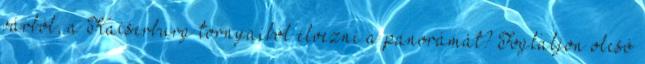
várból, a Kaiserburg tornyaiból élvezni a panorámát? Foglaljon olcsó